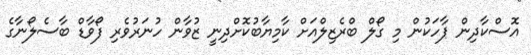
އޮސްކާދިން ޕާހަކުން މި ގޯލް ބްރެޒިލްއަށް ކާމިޔާބުކޮށްދިނީ ޒުވާން ހުނަރުވެރި ފޯވާޑް ބާސެލޯނާގެ